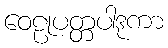
ဝေဠုပတ္တပါဒုကာ